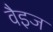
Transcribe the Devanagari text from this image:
वैइज